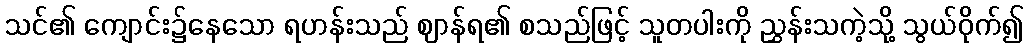
သင်၏ ကျောင်း၌နေသော ရဟန်းသည် ဈာန်ရ၏ စသည်ဖြင့် သူတပါးကို ညွှန်းသကဲ့သို့ သွယ်ဝိုက်၍